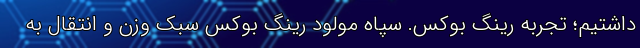
داشتیم؛ تجربه‌ رینگ بوکس. سپاه مولود رینگ بوکس سبک وزن و انتقال به